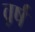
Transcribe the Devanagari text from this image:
व़र्ष